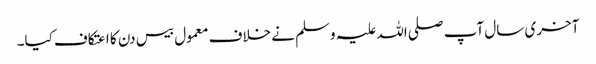
آخری سال آپ صلی اللہ علیہ وسلم نے خلاف معمول بیس دن کا اعتکاف کیا۔